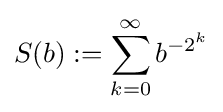
S(b):=\sum _{k=0}^{\infty }b^{-2^{k}}